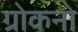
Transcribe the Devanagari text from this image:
ग्रोकनो